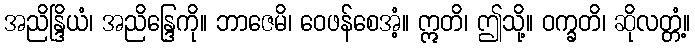
အညိန္ဒြိယံ၊ အညိန္ဒြေကို။ ဘာဇေမိ၊ ဝေဖန်စေအံ့။ ဣတိ၊ ဤသို့။ ဝက္ခတိ၊ ဆိုလတ္တံ့။